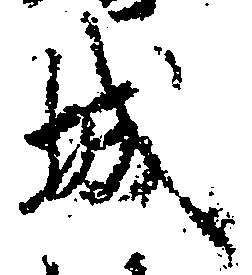
城